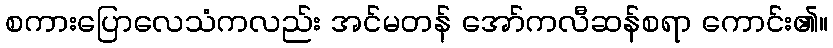
စကားပြောလေသံကလည်း အင်မတန် အော်ကလီဆန်စရာ ကောင်း၏။